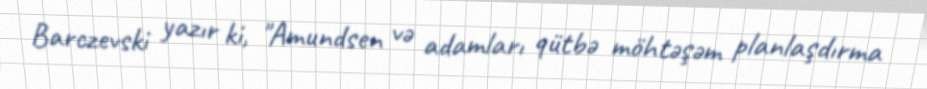
Barczevski yazır ki, "Amundsen və adamları qütbə möhtəşəm planlaşdırma